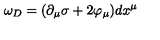
\omega _ { D } = ( \partial _ { \mu } \sigma + 2 \varphi _ { \mu } ) d x ^ { \mu }